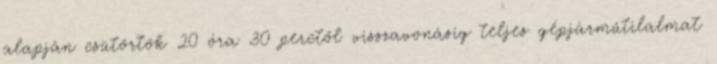
alapján csütörtök 20 óra 30 perctől visszavonásig teljes gépjárműtilalmat